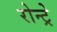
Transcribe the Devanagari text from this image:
रोन्ट्रे